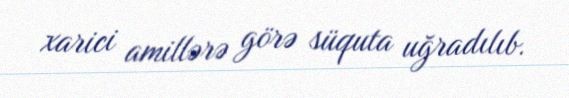
xarici amillərə görə süquta uğradılıb.